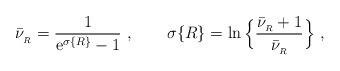
LaTeX: \begin{align*}\bar\nu_{_R}={1\over {\rm e}^{\sigma\{R\}} -1}\ , \qquad \sigma\{R\}= \ln\Big\{ {\bar\nu_{_R}+1\over\bar\nu_{_R}}\Big\} \ ,\end{align*}